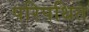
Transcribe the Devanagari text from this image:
परिपथित